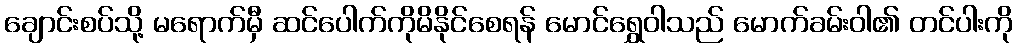
ချောင်းစပ်သို့ မရောက်မှီ ဆင်ပေါက်ကိုမိနိုင်စေရန် မောင်ရွှေဝါသည် မောက်ခမ်းဝါ၏ တင်ပါးကို